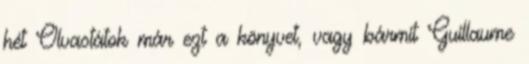
hét Olvastátok már ezt a könyvet, vagy bármit Guillaume